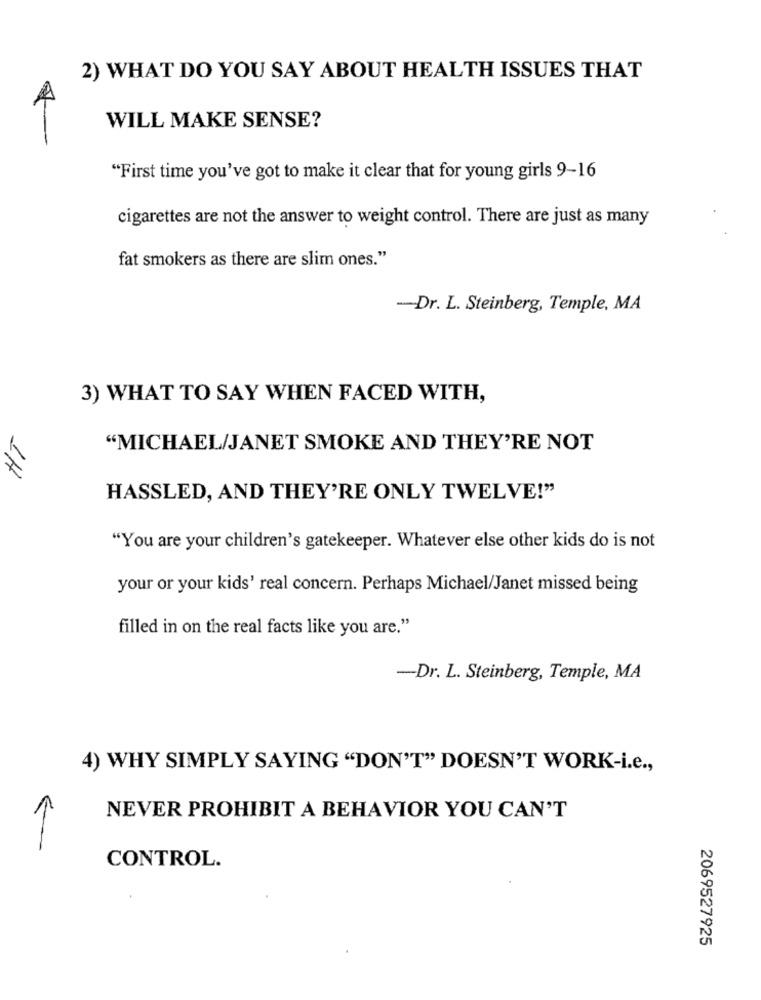
2) WHAT DO YOU SAY ABOUT HEALTH ISSUES THAT
WILL MAKE SENSE?
"First time you've got to make it clear that for young girls 9-16
cigarettes are not the answer to weight control. There are just as many
fat smokers as there are slim ones."
-Dr. L. Steinberg, Temple, MA
3) WHAT TO SAY WHEN FACED WITH,
"MICHAEL/JANET SMOKE AND THEY'RE NOT
18
HASSLED, AND THEY'RE ONLY TWELVE!"
"You are your children's gatekeeper. Whatever else other kids do is not
your or your kids' real concern. Perhaps Michael/Janet missed being
filled in on the real facts like you are."
-Dr. L. Steinberg, Temple, MA
4) WHY SIMPLY SAYING "DON'T" DOESN'T WORK-i.e .,
NEVER PROHIBIT A BEHAVIOR YOU CAN'T
CONTROL.
2069527925